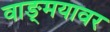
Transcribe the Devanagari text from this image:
वाङ्‍मयावर